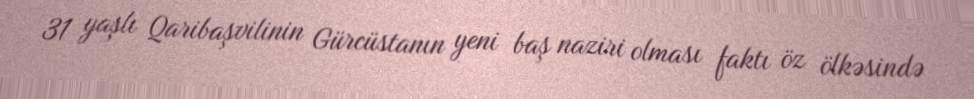
31 yaşlı Qaribaşvilinin Gürcüstanın yeni baş naziri olması faktı öz ölkəsində